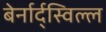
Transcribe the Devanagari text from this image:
बेर्नार्द्स्विल्ल